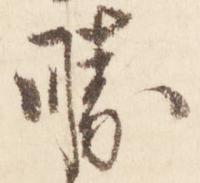
勝